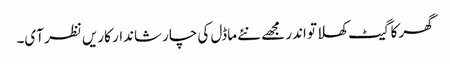
گھر کا گیٹ کھلا تو اندر مجھے نئے ماڈل کی چار شاندار کاریں نظر آی۔